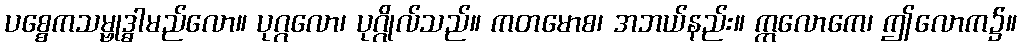
ပစ္စေကသမ္ဗုဒ္ဓါမည်လော။ ပုဂ္ဂလော၊ ပုဂ္ဂိုလ်သည်။ ကတမောစ၊ အဘယ်နည်း။ ဣလောကေ၊ ဤလောက၌။